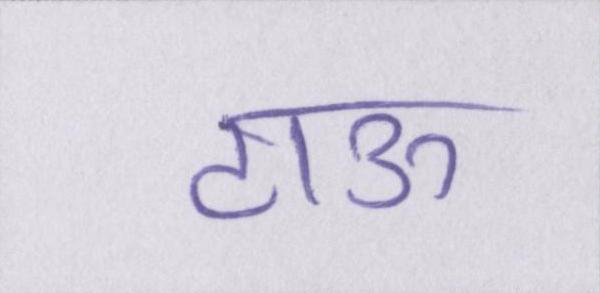
टाऊ